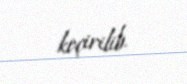
keçirilib.